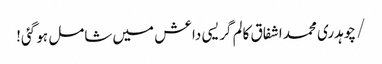
/ چوہدری محمد اشفاق کالم	گریسی داعش میں شامل ہو گئی!